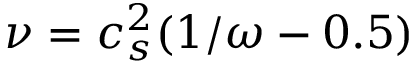
\nu = c _ { s } ^ { 2 } ( 1 / \omega - 0 . 5 )